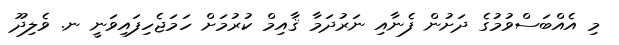
މި އެއްބަސްވުމުގެ ދަށުން ފެނާއި ނަރުދަމާ ޤާއިމް ކުރުމަށް ހަމަޖެހިފައިވަނީ ނ. ވެލިދޫ